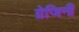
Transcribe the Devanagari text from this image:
ग्रेजिनी